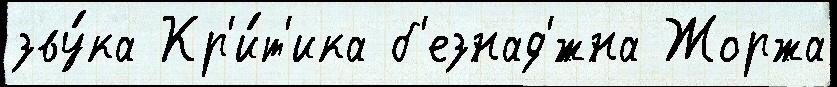
зву́ка Кр'и́т'ика б'езнад'́жна Жоржа